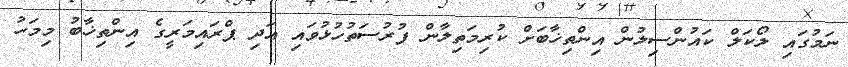
ނަމުގައި ލޯކަލް ކައުންސިލުން އިންތިޚާބަށް ކުރިމަތިލާން ފުރުސަތުހުޅުވައި އަދި ޕްރައިމަރީގެ އިންތިޚާބު މިމަހު